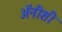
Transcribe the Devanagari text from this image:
अॅनीशी